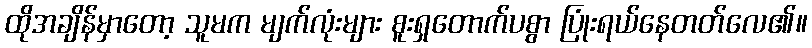
ထိုအချိန်မှာတော့ သူမက မျက်လုံးများ စူးရှတောက်ပစွာ ပြုံးရယ်နေတတ်လေ၏။